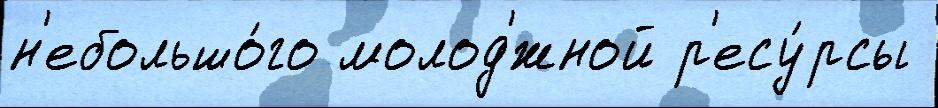
н'ебольшо́го молод'́жной р'есу́рсы